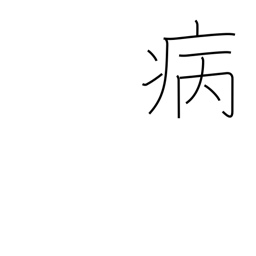
Meaning: sick